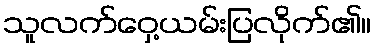
သူလက်ဝှေ့ယမ်းပြလိုက်၏။